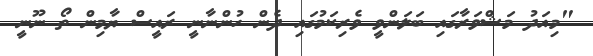
"މިއަދު މަޝްވަރާގައި ބަލަންވީ ވެރިކަމުގައި ދެން ހުންނާނީ ރައީސް ޔާމިން ތޯ ނޫނީ